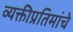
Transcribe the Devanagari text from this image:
व्यक्तीप्रतिमांचे